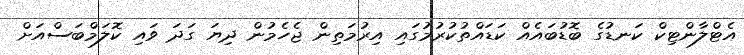
އެޓްލާންޓިކް ކަނޑުގެ ބޮޑުބައެއް ކަޑައްތުކުރުމުގައި އިރުމަތިން ޖެހެމުން ދިޔަ ގަދަ ވައި ކޮލަމްބަސްއަށް